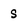
Character: s